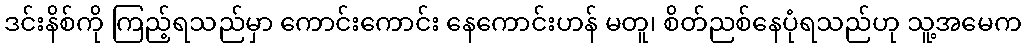
ဒင်းနိစ်ကို ကြည့်ရသည်မှာ ကောင်းကောင်း နေကောင်းဟန် မတူ၊ စိတ်ညစ်နေပုံရသည်ဟု သူ့အမေက